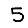
Digit: 5